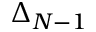
\Delta _ { N - 1 }